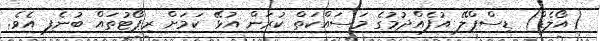
(އޯލެޑް) ޑިސްޕްލޭ އުފެއްދުމުގެ މަސައްކަތް ކުރަން އުޅޭ ކަމަށް ރިޕޯޓުތައް ބުނެފި އެވެ.